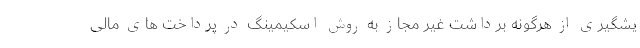
یشگیری از هرگونه برداشت غیر مجاز به روش اسکیمینگ در پرداخت های مالی